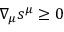
\nabla _ { \mu } s ^ { \mu } \geq 0